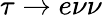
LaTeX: \tau\to e\nu\nu